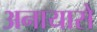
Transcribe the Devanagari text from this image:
अनायासे